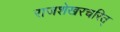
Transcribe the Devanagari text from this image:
राजशेखरचरित्